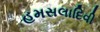
હમસલાદિવી